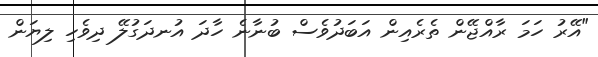
"އޭރު ހަމަ ރާއްޖޭން ތެރެއިން އަބަދުވެސް ބުނާނެ ހާދަ އުނދަގުލޭ ދިވެހި ލިޔަން